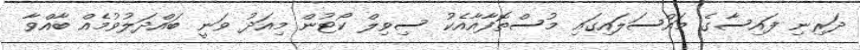
ދަރިނި ފައިސާގެ މައްސަލައިގައި މުސްތޮފާއާއެކު ސިވިލް ކޯޓުން މިއަދު ވަނީ ބައްދަލުވުމެއް ބާއްވާ